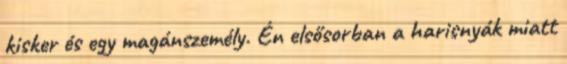
kisker és egy magánszemély. Én elsősorban a harisnyák miatt